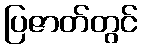
ပြဇာတ်တွင်